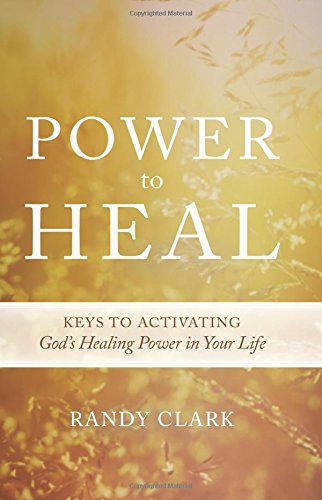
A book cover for Power to Heal: Keys to Activating God's Healing Power in Your Life; Randy Clark; Christian Books & Bibles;